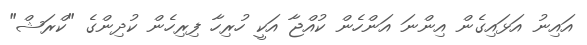
އައިނު އަޅައިގެން އިންނަ އަންހެން ކުއްޖާ އަކީ ހުރިހާ ފިިރިހެން ކުދިންގެ "ކްރަޝް"